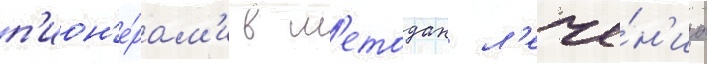
п'ион'е́рам'и в м'етодах л'ече́н'иа